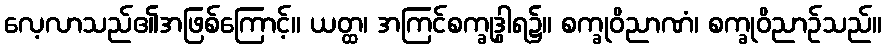
လေ့လာသည်၏အဖြစ်ကြောင့်။ ယတ္ထ၊ အကြင်စက္ခုဒွါရ၌။ စက္ခုဝိညာဏံ၊ စက္ခုဝိညာဉ်သည်။